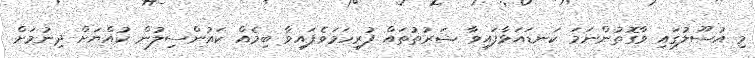
މި އުސޫލުގައި ވާގޮތުންނަމަ ކަނޑައަޅާފައިވާ ޝަރުތުތައް ފުރިހަމަވެފައިވާ ބިމެއް ކައުންސިލުން ކުއްޔަށް ދިނުމަށް